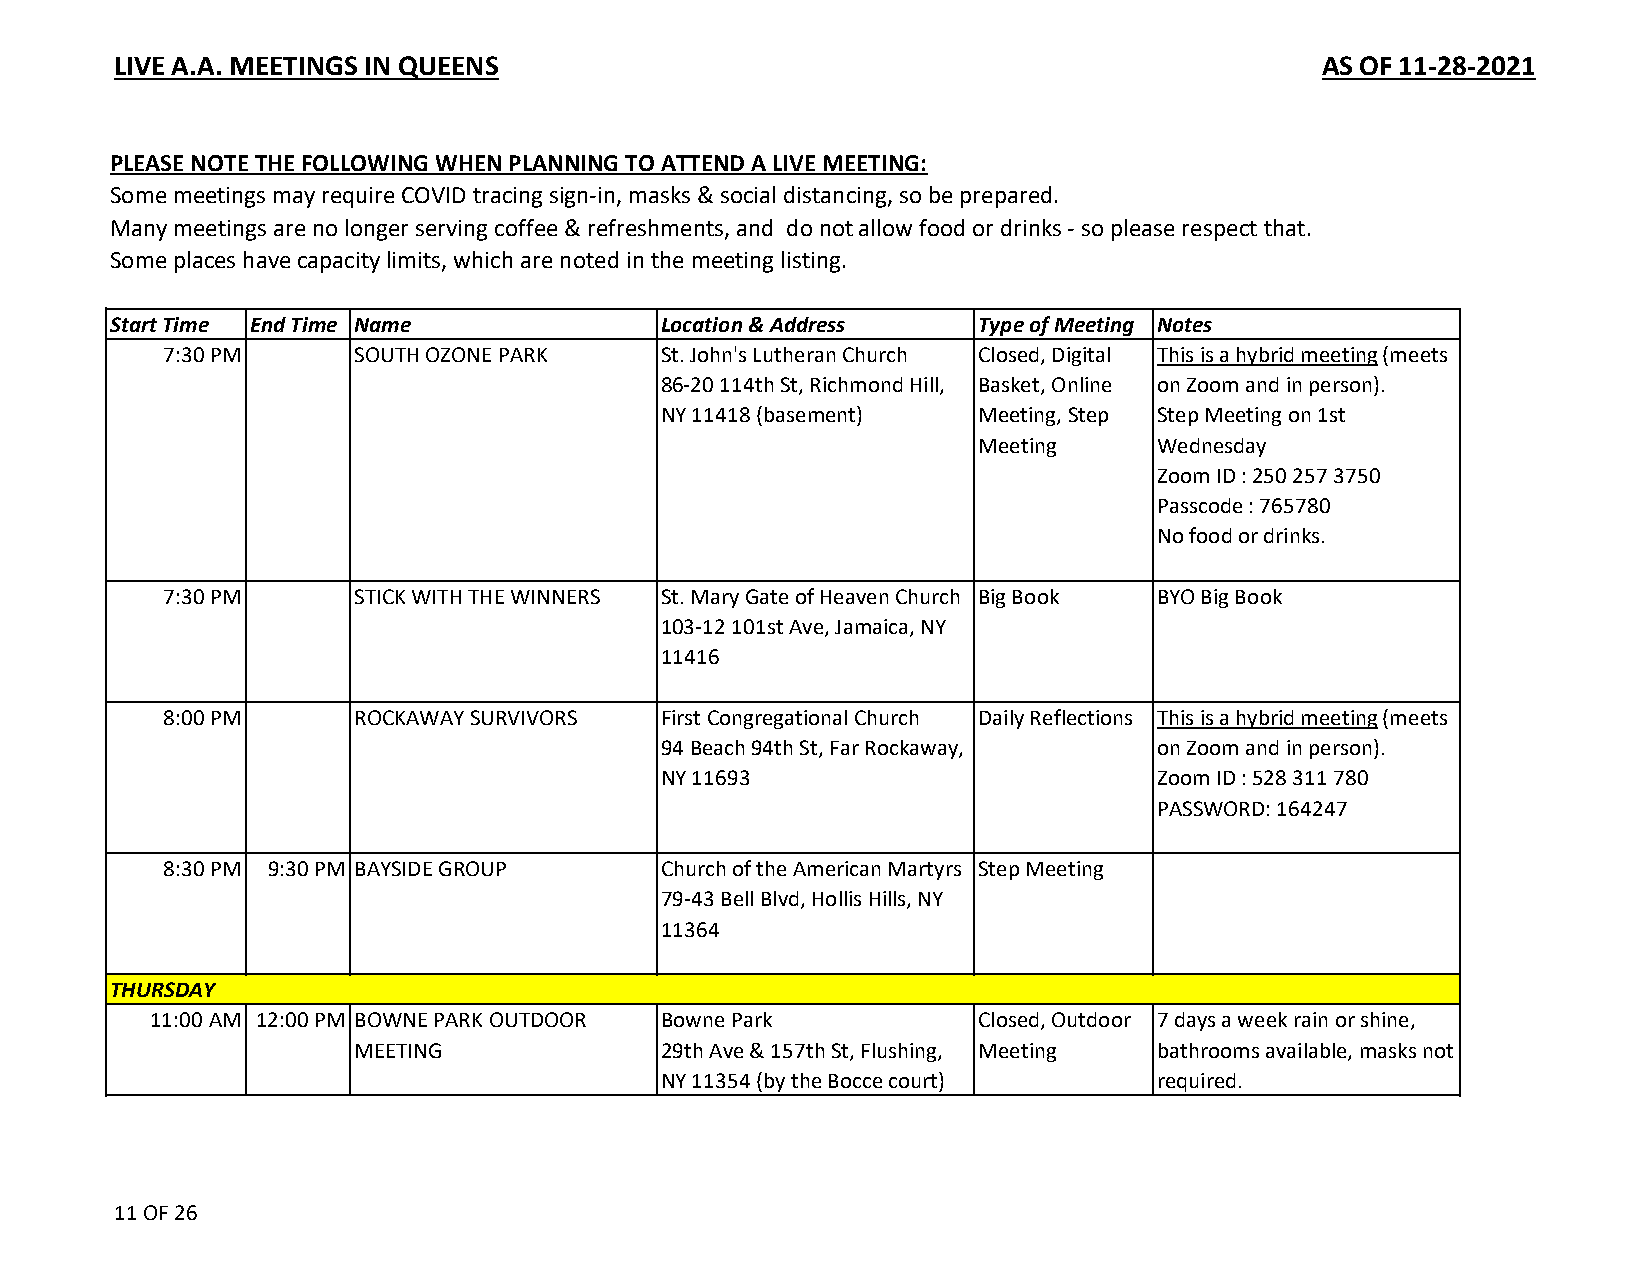
LIVE A.A. MEETINGS IN QUEENS                                                    AS OF 11-28-2021
 PLEASE NOTE THE FOLLOWING WHEN PLANNING TO ATTEND A LIVE MEETING:
 Some meetings may require COVID tracing sign-in, masks & social distancing, so be prepared.
 Many meetings are no longer serving coffee & refreshments, and do not allow food or drinks - so please respect that.
 Some places have capacity limits, which are noted in the meeting listing.
 Start Time End Time Name            Location & Address   Type of Meeting Notes
 7:30 PM      SOUTH OZONE PARK    St. John's Lutheran Church Closed, Digital This is a hybrid meeting (meets
 86-20 114th St, Richmond Hill, Basket, Online on Zoom and in person).
 NY 11418 (basement)  Meeting, Step Step Meeting on 1st
 Meeting     Wednesday
 Zoom ID : 250 257 3750
 Passcode : 765780
 No food or drinks.
 7:30 PM      STICK WITH THE WINNERS St. Mary Gate of Heaven Church Big Book BYO Big Book
 103-12 101st Ave, Jamaica, NY
 11416
 8:00 PM      ROCKAWAY SURVIVORS  First Congregational Church Daily Reflections This is a hybrid meeting (meets
 94 Beach 94th St, Far Rockaway,  on Zoom and in person).
 NY 11693                         Zoom ID : 528 311 780
 PASSWORD: 164247
 8:30 PM 9:30 PM BAYSIDE GROUP    Church of the American Martyrs Step Meeting
 79-43 Bell Blvd, Hollis Hills, NY
 11364
 THURSDAY
 11:00 AM 12:00 PM BOWNE PARK OUTDOOR Bowne Park       Closed, Outdoor 7 days a week rain or shine,
 MEETING             29th Ave & 157th St, Flushing, Meeting bathrooms available, masks not
 NY 11354 (by the Bocce court)    required.
 11 OF 26